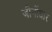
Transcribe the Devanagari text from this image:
जीर्नोधार